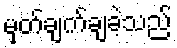
မှတ်ချက်ချခဲ့သည်